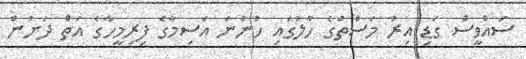
ސައްވީސް ގަޑި އިރު މަސްތުގެ ހާލުގައި ހުންނަ އަސިމާގެ ފިރިމީހާގެ އަތް ދަށުން